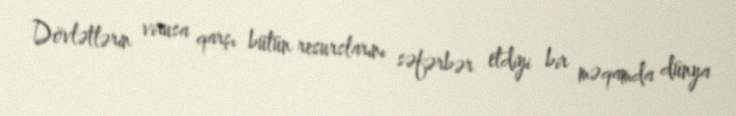
Dövlətlərin virusa qarşı bütün resurslarını səfərbər etdiyi bir məqamda dünya